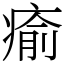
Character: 瘉